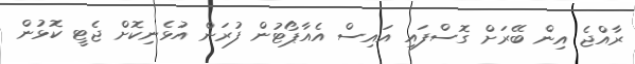
ރާއްޖެ އިން ބޭރަށް ގޮސްފައި އައިސް އެއާޕޯޓުން ފުރަން އުޅެނިކޮށް ޖެޓީ ކޮޅުން